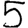
Digit: 5